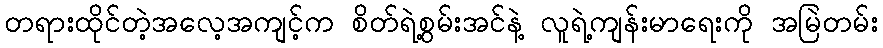
တရားထိုင်တဲ့အလေ့အကျင့်က စိတ်ရဲ့စွမ်းအင်နဲ့ လူရဲ့ကျန်းမာရေးကို အမြဲတမ်း